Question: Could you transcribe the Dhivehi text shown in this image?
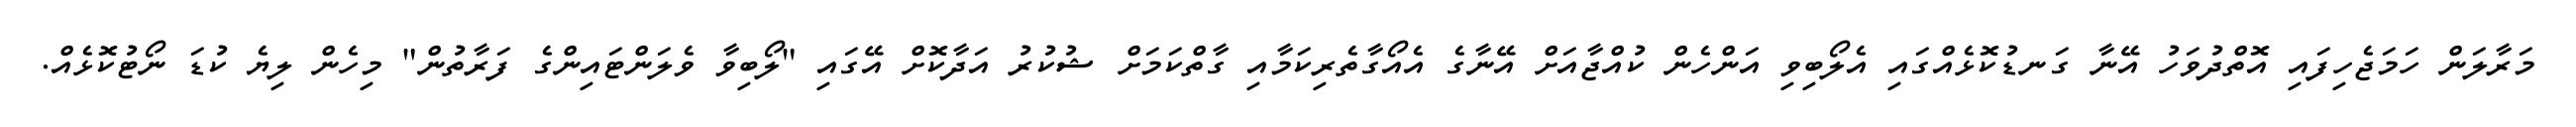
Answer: މަރާލަން ހަމަޖެހިފައި އޮތްދުވަހު އޭނާ ގަނޑުކޮޅެއްގައި އެލޯބިވި އަންހެން ކުއްޖާއަށް އޭނާގެ އެއޯގާތެރިކަމާއި ގާތްކަމަށް ޝުކުރު އަދާކޮށް އޭގައި "ލޯބިވާ ވެލަންޓައިންގެ ފަރާތުން" މިހެން ލިޔެ ކުޑަ ނޯޓުކޮޅެއް.